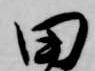
田